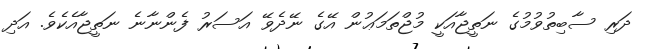
ދަރި ސާބިތުވުމުގެ ނަތީޖާއަކީ މުޖްތަމަޢުން އޭގެ ނޭދެވޭ އަސަރު ފެންނާނެ ނަތީޖާއެކެވެ. އަދި